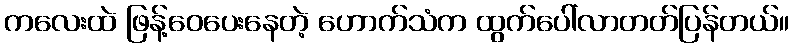
ကလေးထဲ ဖြန့်ဝေပေးနေတဲ့ ဟောက်သံက ထွက်ပေါ်လာတတ်ပြန်တယ်။